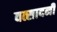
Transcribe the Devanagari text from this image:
वत्सादनी